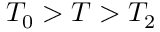
T _ { 0 } > T > T _ { 2 }